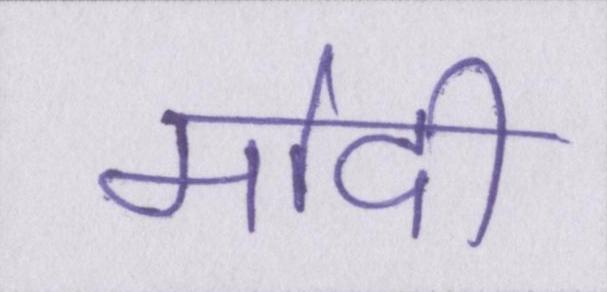
मोदी